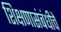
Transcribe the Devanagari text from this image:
शिक्षणासंबंधीचे